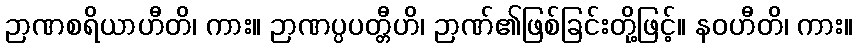
ဉာဏစရိယာဟီတိ၊ ကား။ ဉာဏပ္ပပတ္တီဟိ၊ ဉာဏ်၏ဖြစ်ခြင်းတို့ဖြင့်။ နဝဟီတိ၊ ကား။